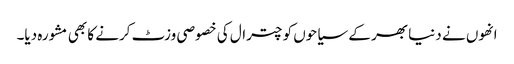
انھوں نے دنیا بھر کے سیاحوں کو چترال کی خصوصی وزٹ کرنے کا بھی مشورہ دیا۔